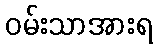
ဝမ်းသာအားရ